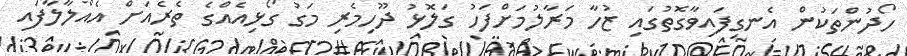
ހޯދުންތަކުން އެނގިފައިވާގޮތުގައި ޒުހާ މަރާލުމަށްފަހު ގަލޮޅު ދޫހިމެރި މަގު ގޯޅިއެއްގެ ތެރެއަށް އެއްލާލާފައި